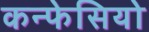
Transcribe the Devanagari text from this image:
कन्फेसियो